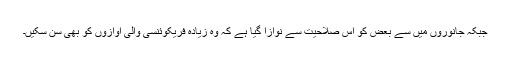
جبکہ جانوروں میں سے بعض کو اس صلاحیت سے نوازا گیا ہے کہ وہ زیادہ فریکوئنسی والی آوازوں کو بھی سن سکیں۔